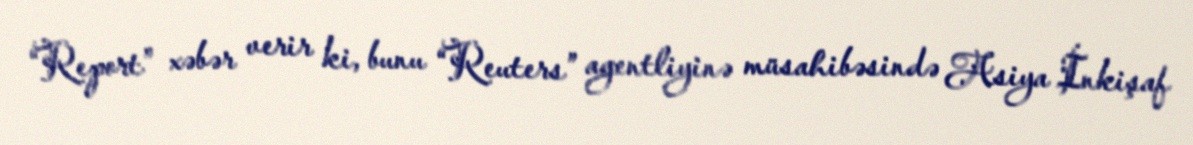
“Report” xəbər verir ki, bunu “Reuters” agentliyinə müsahibəsində Asiya İnkişaf